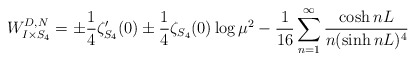
\begin{align*}W^{D,N}_{I\times S_4}=\pm\frac14\zeta'_{S_4}(0)\pm\frac14\zeta_{S_4}(0)\log\mu^2-\frac{1}{16}\sum^\infty_{n=1}\frac{\cosh nL}{n(\sinh nL)^4}\end{align*}